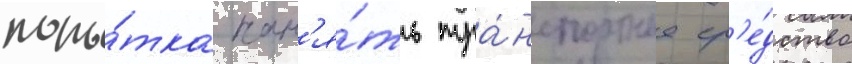
попы́тка нан'я́ть тра́нспортное ср'е́дство